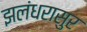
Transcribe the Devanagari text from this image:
झलंधरासुर